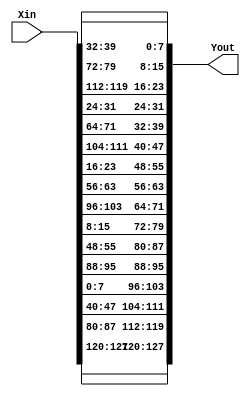
`timescale 1ns / 1ps
//////////////////////////////////////////////////////////////////////////////////
// Company: 
// Engineer: 
// 
// Design Name: 
// Module Name: ShiftRows
// Project Name: 
// Target Devices: 
// Tool Versions: 
// Description: 
// 
// Dependencies: 
// 
// Revision:
// Revision 0.01 - File Created
// Additional Comments:
// 
//////////////////////////////////////////////////////////////////////////////////


module ShiftRows(
    input [127:0] Xin,
    output [127:0] Yout
    );
    
    assign Yout[127:96] = {Xin[127:120], Xin[87:80], Xin[47:40], Xin[7:0]};
    assign Yout[95:64] = {Xin[95:88], Xin[55:48], Xin[15:8], Xin[103:96]};
    assign Yout[63:32] = {Xin[63:56], Xin[23:16], Xin[111:104], Xin[71:64]};
    assign Yout[31:0] = {Xin[31:24], Xin[119:112], Xin[79:72], Xin[39:32]};
    
endmodule